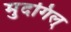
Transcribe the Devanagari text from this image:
मुदगिल्